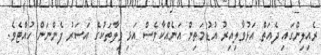
ރެއިލިންގައި ދެއަތް އަޅުވާލިއިރު އުޑުމަތިން އަނެއްކާވެސް އަޅި ވިލާތަކުގެ އަސަރު ފެންނަން ހުއްޓެވެ.